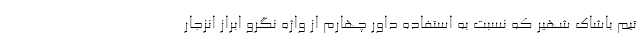
تیم باشاک شهیر که نسبت به استفاده داور چهارم از واژه نگرو ابراز انزجار